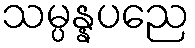
သမ္ပန္နပညေ